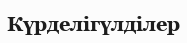
Күрделігүлділер